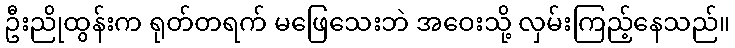
ဦးညိုထွန်းက ရုတ်တရက် မဖြေသေးဘဲ အဝေးသို့ လှမ်းကြည့်နေသည်။